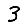
Digit: 3